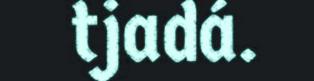
tjadá.